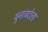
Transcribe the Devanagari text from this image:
युनायटेला